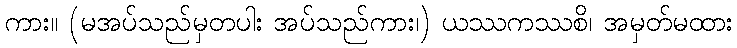
ကား။ (မအပ်သည်မှတပါး အပ်သည်ကား၊) ယဿကဿစိ၊ အမှတ်မထား